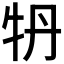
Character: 𤘪